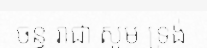
ចន្ទ រាជា សូម ទ្រង់